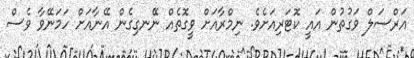
އަރްސަލް ވަގުތުން އައީ ކޮޓަރިއަށެވެ. ނިމްރާއަށް ވީގޮތެއް ނޭނގިގެން އޭނާއަށް ހަމަނޭވާ ވެސް